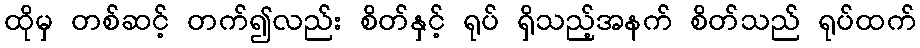
ထိုမှ တစ်ဆင့် တက်၍လည်း စိတ်နှင့် ရုပ် ရှိသည့်အနက် စိတ်သည် ရုပ်ထက်